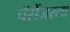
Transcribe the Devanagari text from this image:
पॅसेंजरला